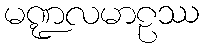
မဏ္ဍလမာဠဿ